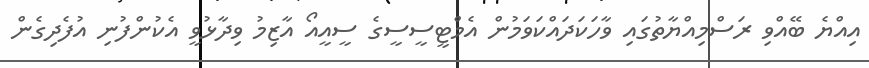
އިއްޔެ ބޭއްވި ރަސްމިއްޔާތުގައި ވާހަކަދައްކަވަމުން އެމްޓީސީސީގެ ސީއީއޯ އާޒިމު ވިދާޅުވީ އެކުންފުނި އުފެދިގެން